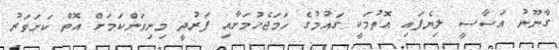
ގާނޫނު އަސާސީ ލިޔެފައި އޮތުމަކީ ގައުމުގެ ހަމަޖެހުމަށާއި ފަރުދީ މިނިވަންކަމަށް އޮތް ކަށަވަރު